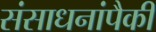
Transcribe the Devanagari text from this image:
संसाधनांपैकी